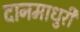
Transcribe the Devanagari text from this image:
दानमाधुरी